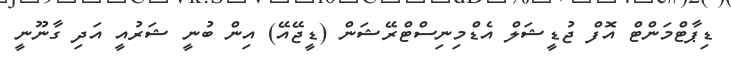
ޑިޕާޓްމަންޓް އޮފް ޖުޑީޝަލް އެޑްމިނިސްޓްރޭޝަން (ޑީޖޭއޭ) އިން ބުނީ ޝަރުއީ އަދި ގާނޫނީ